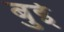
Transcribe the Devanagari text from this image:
बुई